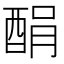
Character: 䣺